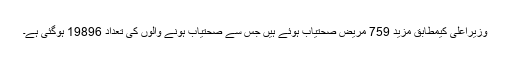
وزیراعلیٰ کیمطابق مزید 759 مریض صحتیاب ہوئے ہیں جس سے صحتیاب ہونے والوں کی تعداد 19896 ہوگئی ہے۔